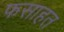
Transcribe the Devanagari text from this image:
फसाहत